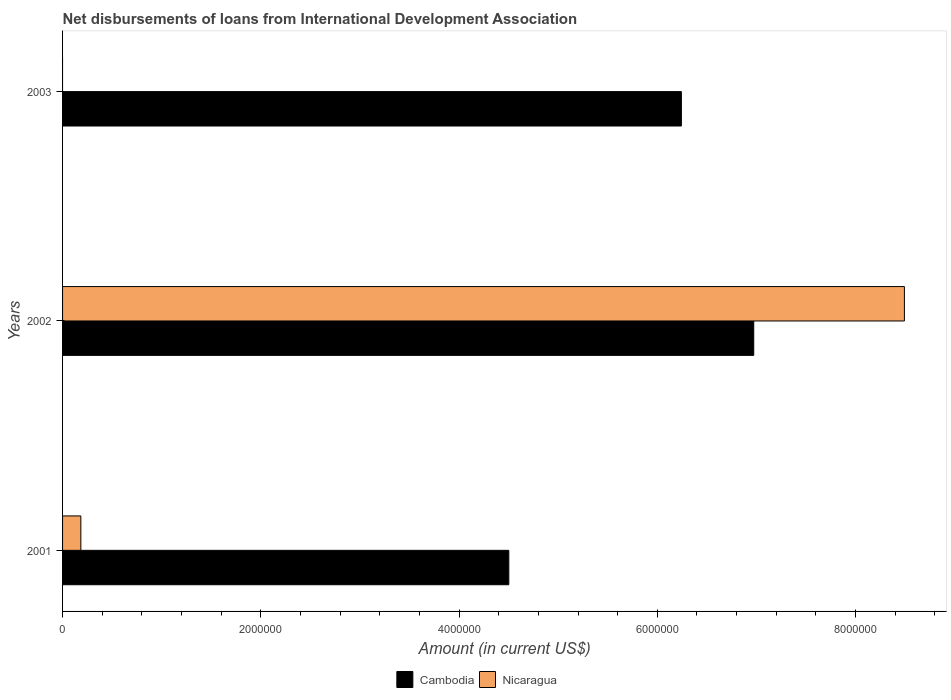
| Years | Cambodia | Nicaragua |
 | --- | --- | --- |
 | 2001 | 4.5e+06 | 1.84e+05 |
 | 2002 | 6.97e+06 | 8.49e+06 |
 | 2003 | 6.24e+06 | -3.04e+06 |